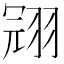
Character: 𱻙